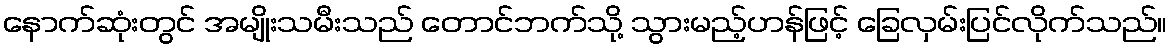
နောက်ဆုံးတွင် အမျိုးသမီးသည် တောင်ဘက်သို့ သွားမည့်ဟန်ဖြင့် ခြေလှမ်းပြင်လိုက်သည်။